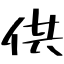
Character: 供